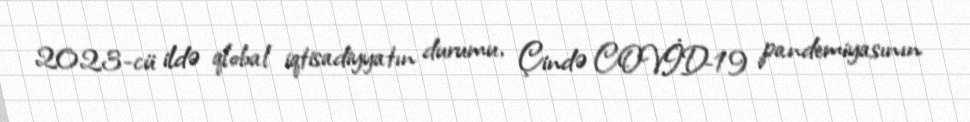
2023-cü ildə qlobal iqtisadiyyatın durumu, Çində COVİD-19 pandemiyasının